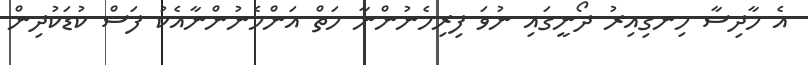
އެ ހާދިސާ ހިނގިއިރު ދޯނީގައި ނުވަ ފިރިހެނުންނާ ހަތް އަންހެނުންނާއެކު ފަސް ކުޑަކުދިން